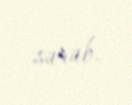
sürüb.